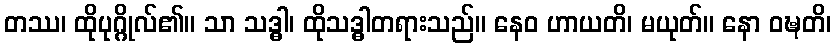
တဿ၊ ထိုပုဂ္ဂိုလ်၏။ သာ သဒ္ဓါ၊ ထိုသဒ္ဓါတရားသည်။ နေဝ ဟာယတိ၊ မယုတ်။ နော ဝဍ္ဎတိ၊